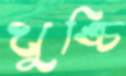
খুঙ্চি